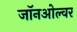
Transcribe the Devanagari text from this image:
जॉनओल्वर